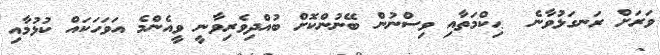
ވަރަށް ރަނގަޅުވާނެ  ޙިކްމަތާއި ވިސްނުން ބޭނުންކޮށް ބުއްދިވެރިވާނީ ވީއެންމެ އަވަހަކައް ކުޅުމާއި